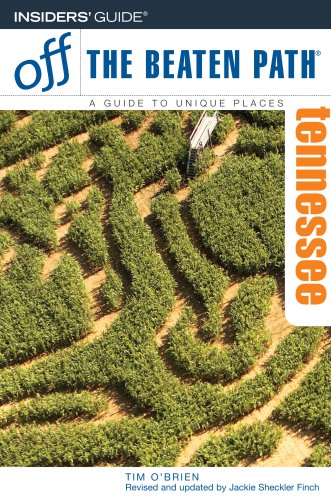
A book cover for Tennessee Off the Beaten Path, 8th (Off the Beaten Path Series); Tim O'Brien; Travel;